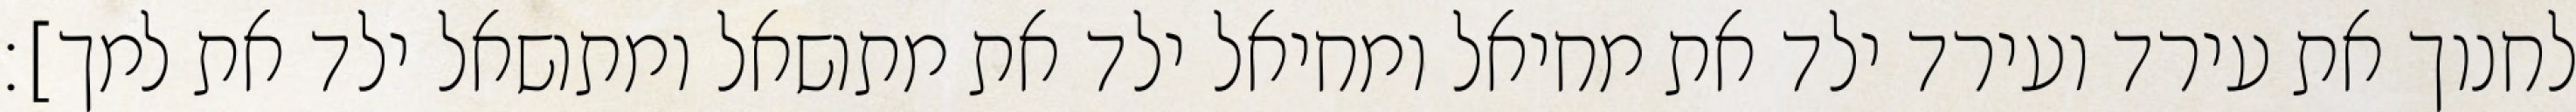
לחנוך את עירד ועירד ילד את מחיאל ומחיאל ילד את מתושאל ומתושאל ילד את למך]׃